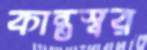
কান্তস্বর